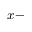
x -